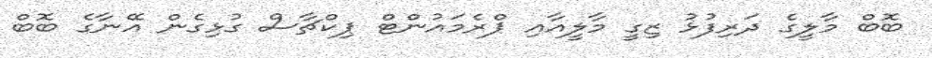
ބޮބް މާލީގެ ދަރިފުޅު ޒިގީ މާލީއާއި ޕްރެމައުންޓް ޕިކްޗާސް ގުޅިގެން އޭނާގެ ބޮބް